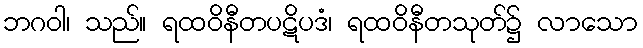
ဘဂဝါ၊ သည်။ ရထဝိနီတပဋိပဒံ၊ ရထဝိနီတသုတ်၌ လာသော